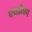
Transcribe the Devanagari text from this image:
एचडीएन